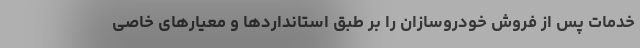
خدمات پس از فروش خودروسازان را بر طبق استانداردها و معیارهای خاصی